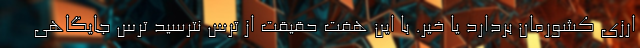
ارزی کشورمان بردارد یا خیر. با این هفت حقیقت از ترس نترسید ترس جایگاهی